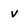
Character: v